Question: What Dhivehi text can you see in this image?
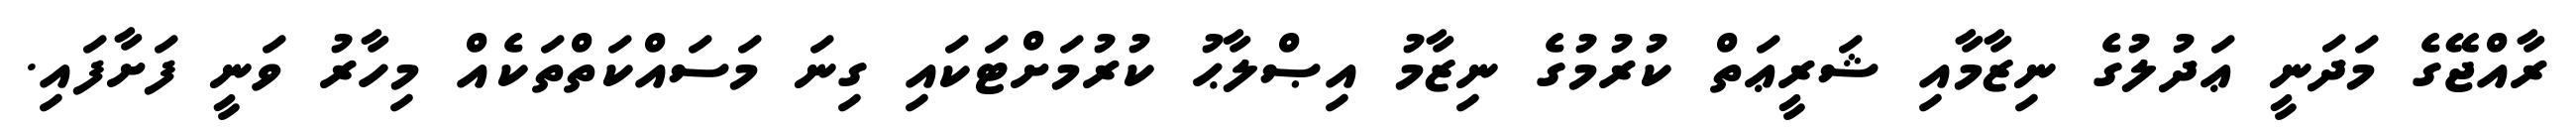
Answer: ރާއްޖޭގެ މަދަނީ ޢަދުލުގެ ނިޒާމާއި ޝަރީޢަތް ކުރުމުގެ ނިޒާމު އިޞްލާޙު ކުރުމަށްޓަކައި ގިނަ މަސައްކަތްތަކެއް މިހާރު ވަނީ ފަށާފައި.